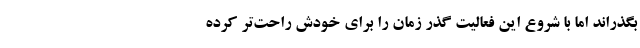
بگذراند اما با شروع این فعالیت گذر زمان را برای خودش راحت‌تر کرده